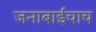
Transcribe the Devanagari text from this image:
जनाबाईंचाच